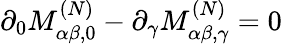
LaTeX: \partial_{0}M_{\alpha\beta,0}^{(N)}-\partial_{\gamma}M_{\alpha\beta,\gamma}^{(N)}=0